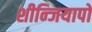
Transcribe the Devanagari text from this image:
शीन्जियापो